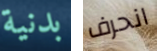
بدنية انحرف